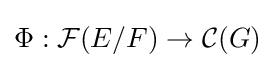
\Phi :{\mathcal {F}}(E/F)\rightarrow {\mathcal {C}}(G)